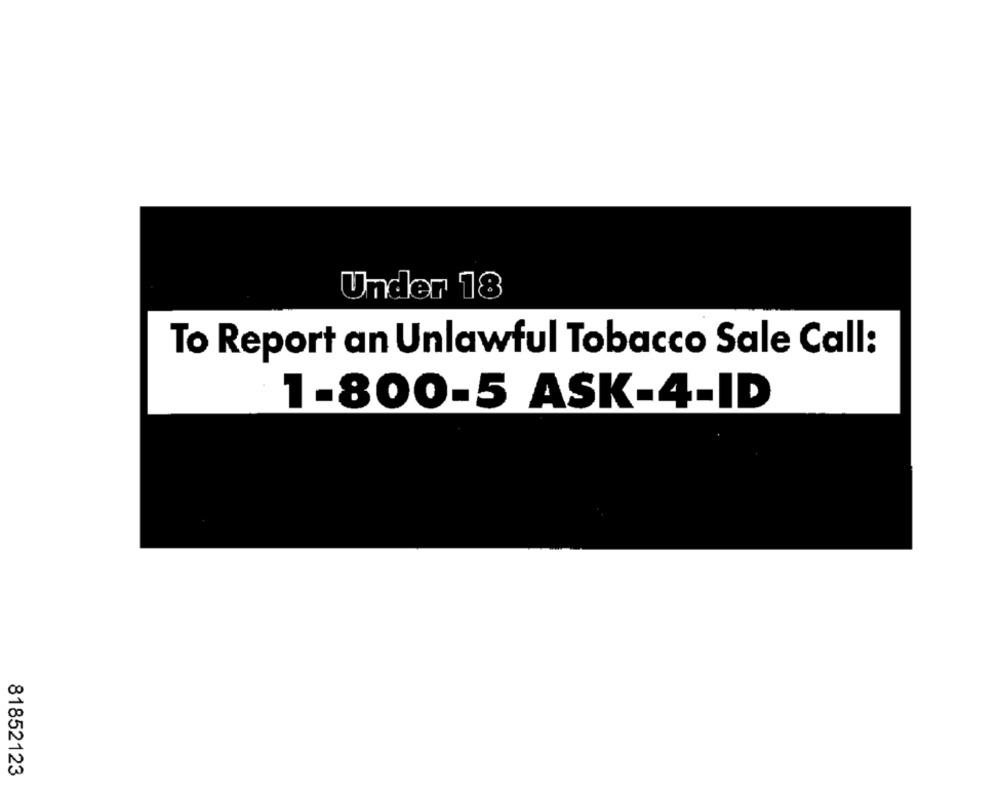
Under 18
To Report an Unlawful Tobacco Sale Call:
1-800-5 ASK-4-ID
81852123